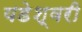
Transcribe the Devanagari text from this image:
यडेश्वरी